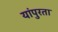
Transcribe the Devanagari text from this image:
यांपुरता